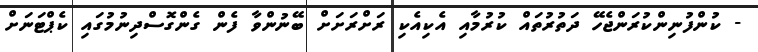
- ކުންފުނިންކުރަންޖެހޭ ދަތުރުތައް ކުރުމާއި އެކިއެކި ރަށްރަށަށް ބޭނުންވާ ފެން ގެންގޮސްދިނުމުގައި ކެޕްޓަނަށް